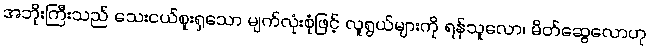
အဘိုးကြီးသည် သေးငယ်စူးရှသော မျက်လုံးစုံဖြင့် လူရွယ်များကို ရန်သူလော၊ မိတ်ဆွေလောဟု